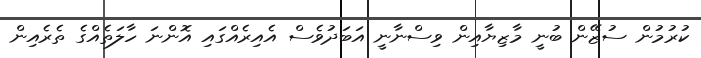
ކުރުމުން ސުޒޭން ބުނީ މާޒިޔާއިން ވިސްނާނީ އަބަދުވެސް އެއިރެއްގައި އޮންނަ ހާލަތެއްގެ ތެރެއިން